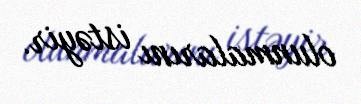
olunmalarını istəyir.